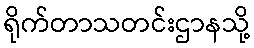
ရိုက်တာသတင်းဌာနသို့